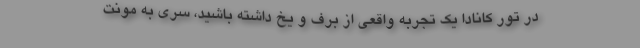
در تور کانادا یک تجربه واقعی از برف و یخ داشته باشید، سری به مونت